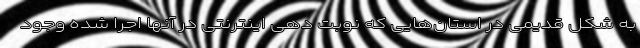
به شکل قدیمی در استان‌هایی که نوبت دهی اینترنتی در آنها اجرا شده وجود